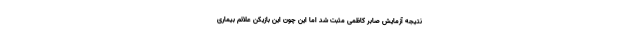
نتیجه آزمایش صابر کاظمی مثبت شد اما این چون این بازیکن علائم بیماری